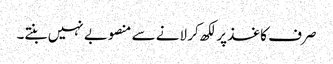
صرف کاغذ پر لکھ کر لانے سے منصوبے نہیں بنتے۔